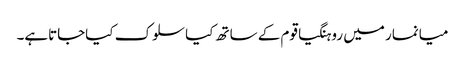
میانمار میں روہنگیاقوم کے ساتھ کیاسلوک کیاجاتاہے۔